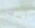
آسف